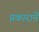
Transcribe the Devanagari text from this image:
प्रकारानें